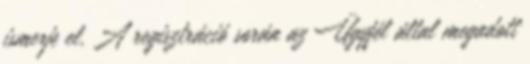
ismerje el. A regisztráció során az Ügyfél által megadott